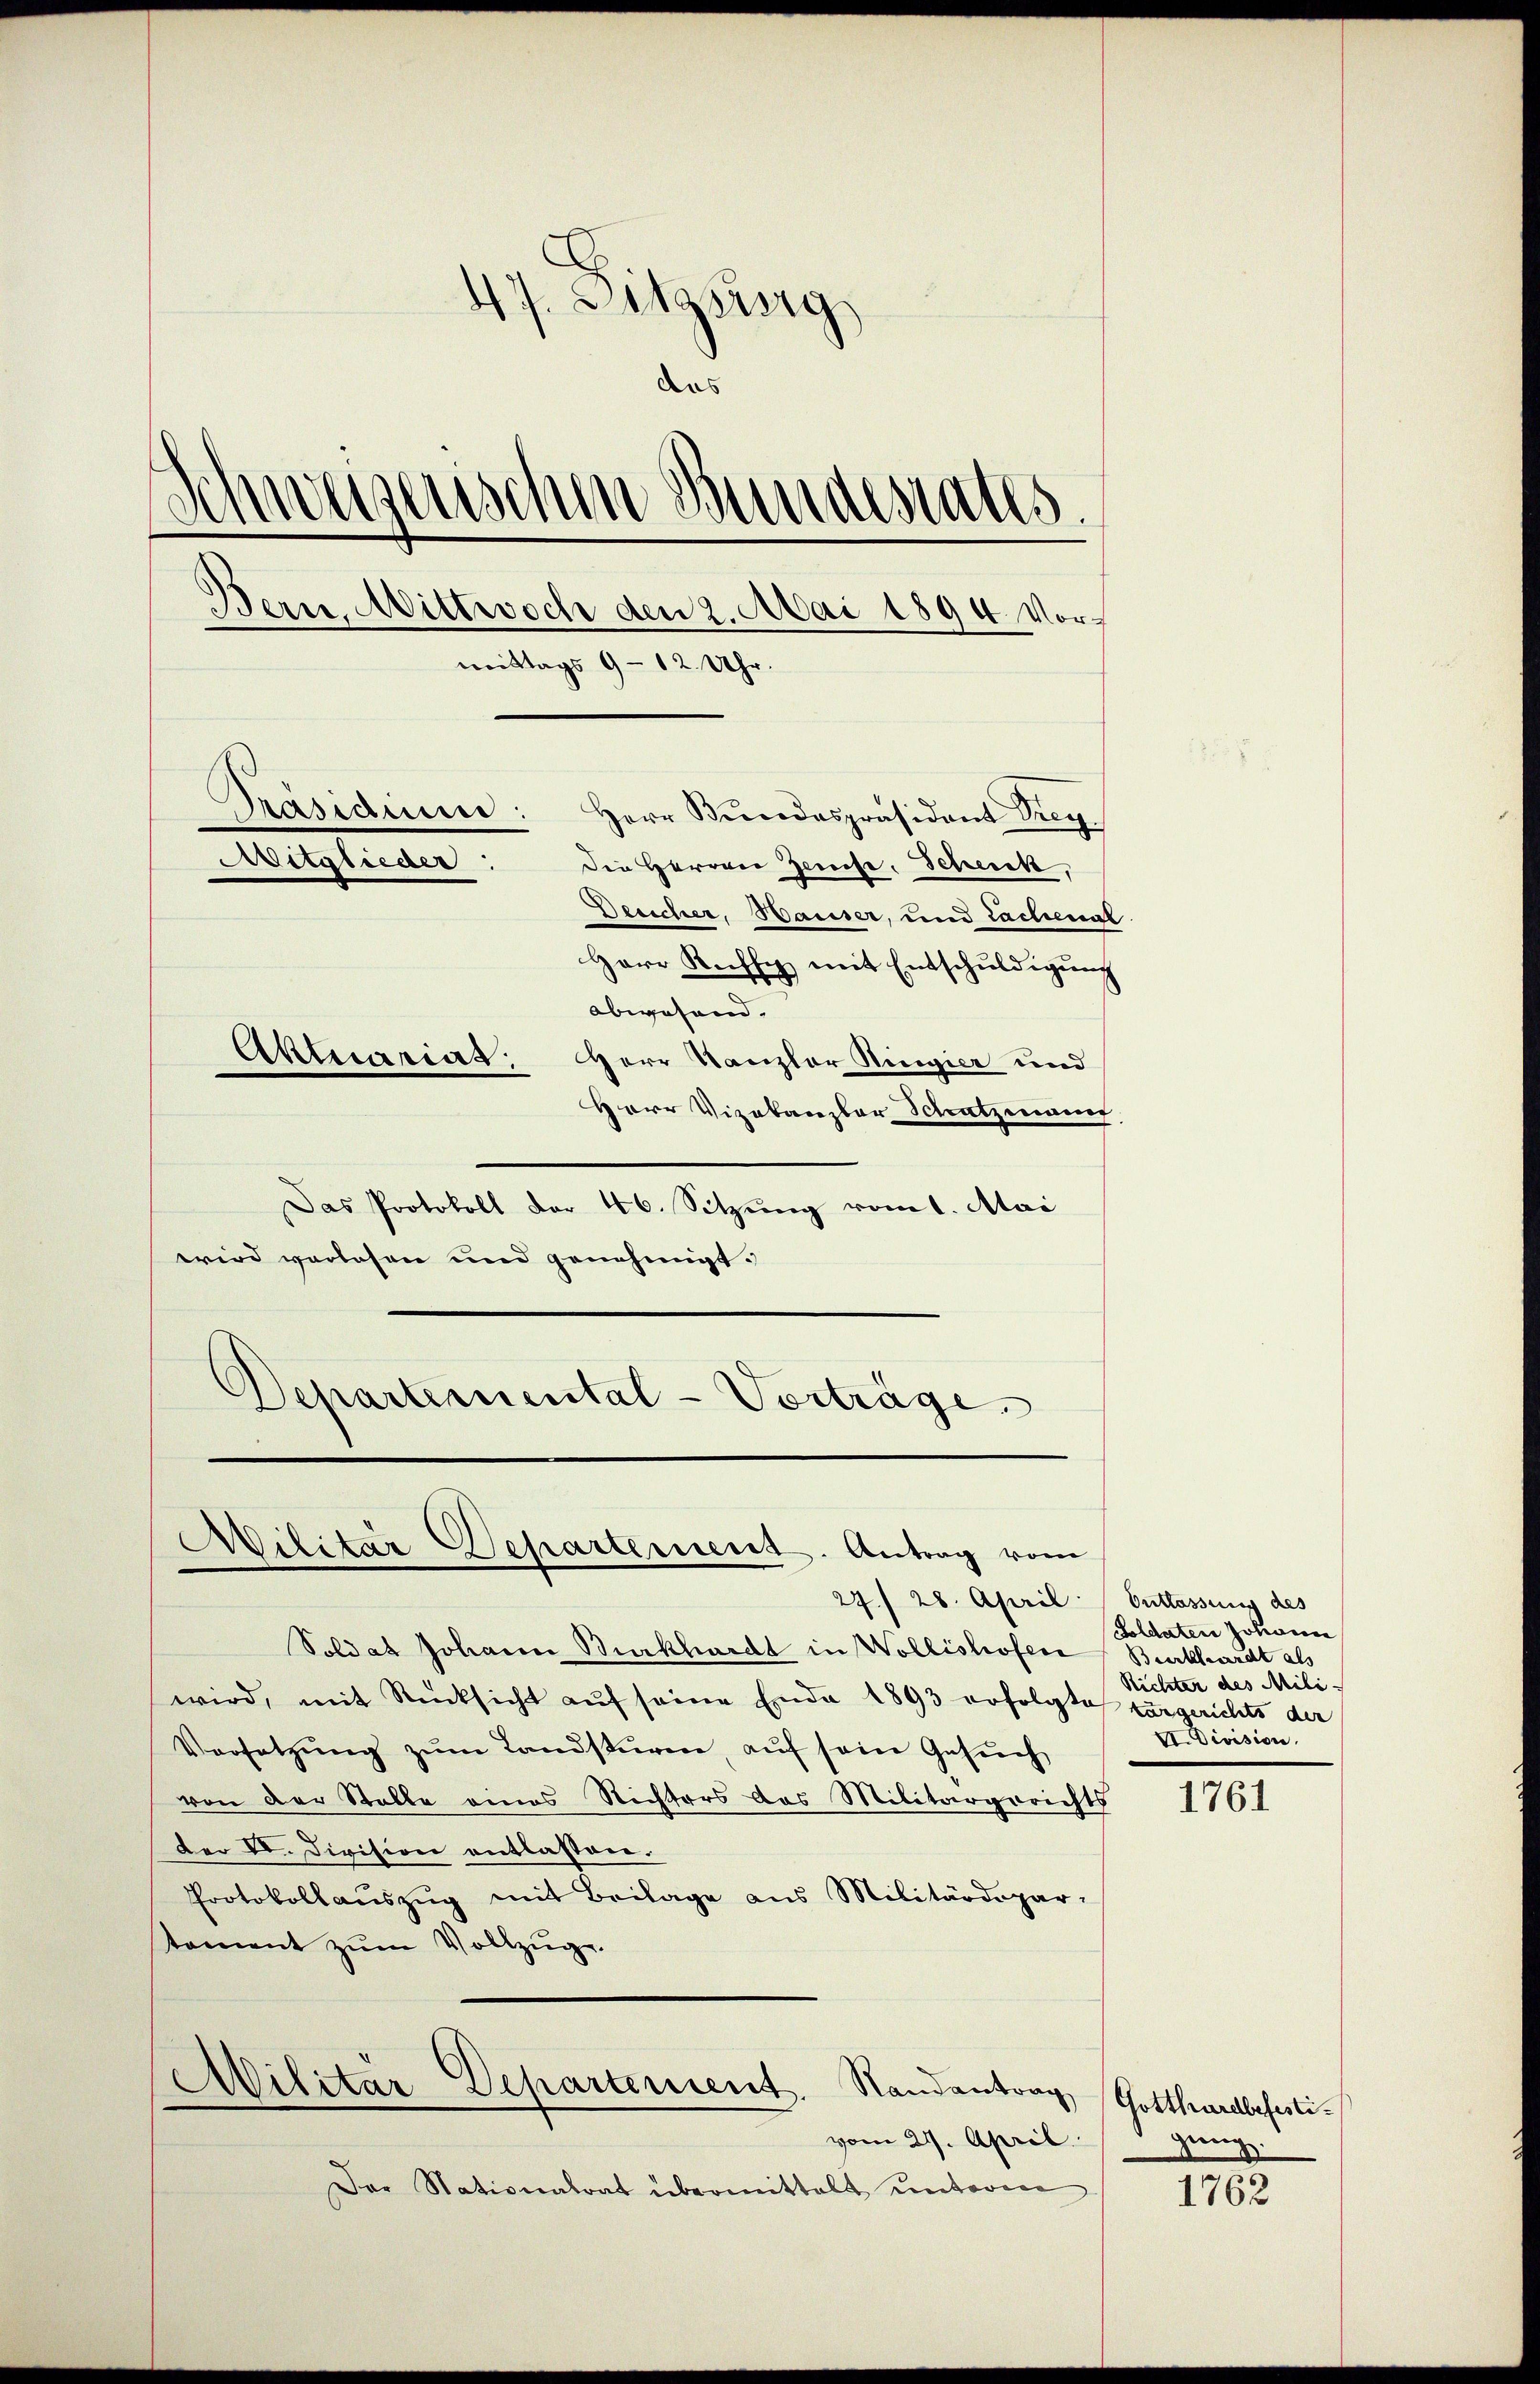
47. Sitzberg
das
A
d
erischen Bundesrates
Bern, Mittwoch den 2. Mai 1894. Vormittags 9 - 12 Uhr
Masidium:
Herr Bŭndespräsident Frey.
Mitglieder
Die Herren Geise. Scheick,
Deeicher, Hauser, und Lachenal
Herr Kuffe mit Entschuldigung
abwesend.
Aktuariat: Herr Kanzler Ringier und
Herr Vizekanzler Schatzmann

Militär Departement. Antrag vom

Militär Departement. Randantrag Gotthardbefesti¬

Das Protokoll der 46. Sitzung vom 1. Mai
wird verlesen und genehmigt.
Departemental-Vorträge.

27./ 28. April.
Soldat Johann Burkhardt in Wollishofen
wird, mit Rücksicht aŭf seine Ende 1893 erfolgte zurgerichts der
Versetzŭng zŭm Landstüre, aŭf sein Gesŭch
von der Stelle eines Richters das Militärgerichts
Der VI. Division entlassen.
Protokollaŭszŭg mit Beilage aus Militärdepar-
toment zŭm Vollzŭge

vom 27. April.
Der Stationalrat übermittelt unterm

Entlassung des
Goldaten Johann
Burkhardt als
Richter des Mili
E. Division.

1761

gung.

1762